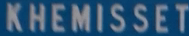
KHEMISSET